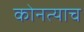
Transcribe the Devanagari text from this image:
कोनत्याच